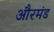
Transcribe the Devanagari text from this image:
औरमंड